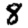
Digit: 8